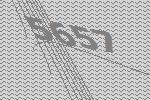
5657